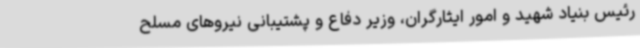
رئیس بنیاد شهید و امور ایثارگران، وزیر دفاع و پشتیبانی نیروهای مسلح